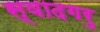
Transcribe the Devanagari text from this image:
स्वादगरु